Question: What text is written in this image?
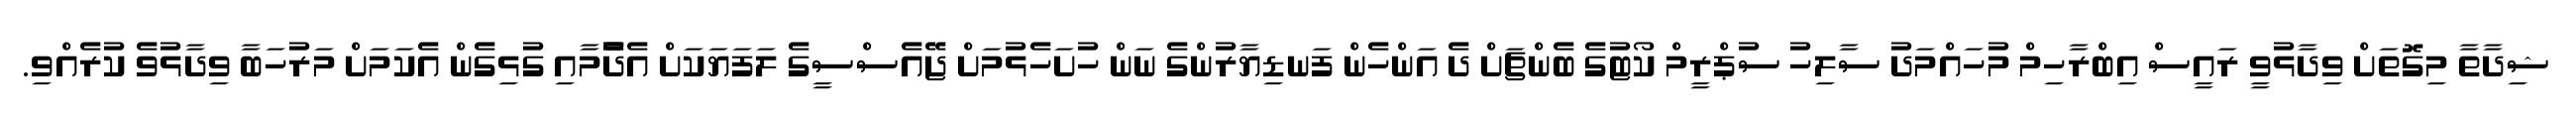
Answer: ޝިދާތާ މިގޮތަށް ވިދާޅުވީ ރައީސް އިބްރާހިމް މުހައްމަދު ސާލިހު ސުޕްރީމް ކޯޓުގެ ބެންޗަށް ދެ އަންހެން ފަނޑިޔާރުންގެ ނަން ހުށަހެޅުމަށް ޖޭއެސްސީގެ ލަފަޔަކަށް އެދެުމާއި ގުޅިގެން އެކަމަށް މަރުހަބާ ވިދާޅުވެ ކުރެއްވި.